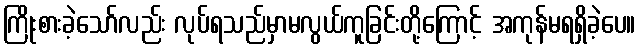
ကြိုးစားခဲ့သော်လည်း လုပ်ရသည်မှာမလွယ်ကူခြင်းတို့ကြောင့် အကုန်မရရှိခဲ့ပေ။